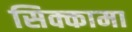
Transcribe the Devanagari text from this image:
सिक्कामा